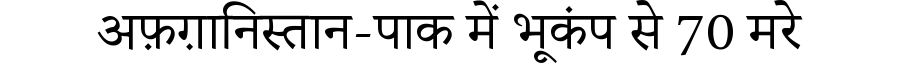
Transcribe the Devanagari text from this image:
अफ़ग़ानिस्तान-पाक में भूकंप से 70 मरे